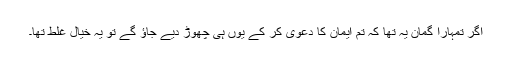
اگر تمہارا گمان یہ تھا کہ تم ایمان کا دعویٰ کر کے یوں ہی چھوڑ دیے جاؤ گے تو یہ خیال غلط تھا۔